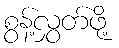
စွန့်လွှတ်ဖို့